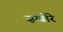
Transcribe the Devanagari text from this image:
ज़खीरे